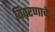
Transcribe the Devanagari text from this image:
विवरणाचे